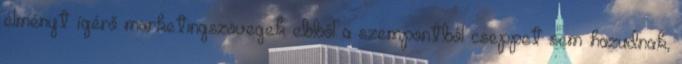
élményt ígérő marketingszövegek ebből a szempontból cseppet sem hazudnak,